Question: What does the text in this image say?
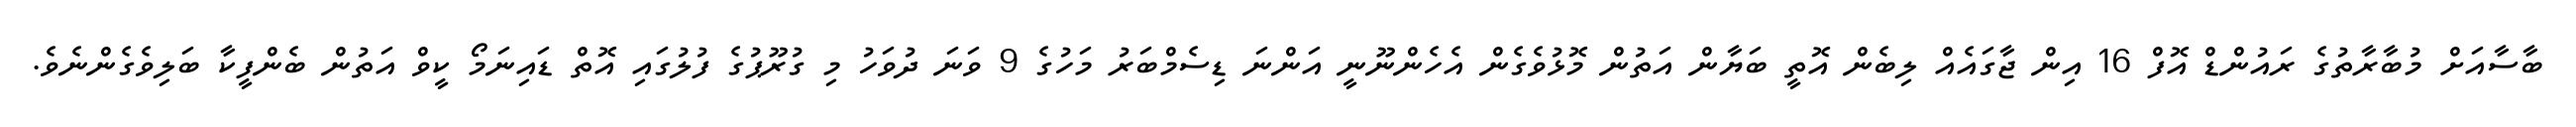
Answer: ބާސާއަށް މުބާރާތުގެ ރައުންޑް އޮފް 16 އިން ޖާގައެއް ލިބެން އޮތީ ބަޔާން އަތުން މޮޅުވެގެން އެހެންނޫނީ އަންނަ ޑިސެމްބަރު މަހުގެ 9 ވަނަ ދުވަހު މި ގުރޫޕުގެ ފުލުގައި އޮތް ޑައިނަމޯ ކީވް އަތުން ބެންފީކާ ބަލިވެގެންނެވެ.